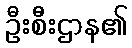
ဦးစီးဌာန၏